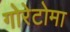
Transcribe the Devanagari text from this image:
गोरेटोमा